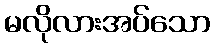
မလိုလားအပ်သော